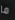
ما